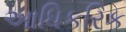
આધિકરિક